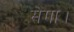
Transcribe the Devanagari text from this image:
सेगा।